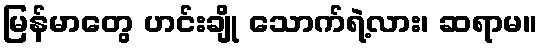
မြန်မာတွေ ဟင်းချို သောက်ရဲ့လား၊ ဆရာမ။